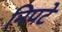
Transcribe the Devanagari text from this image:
निपटे